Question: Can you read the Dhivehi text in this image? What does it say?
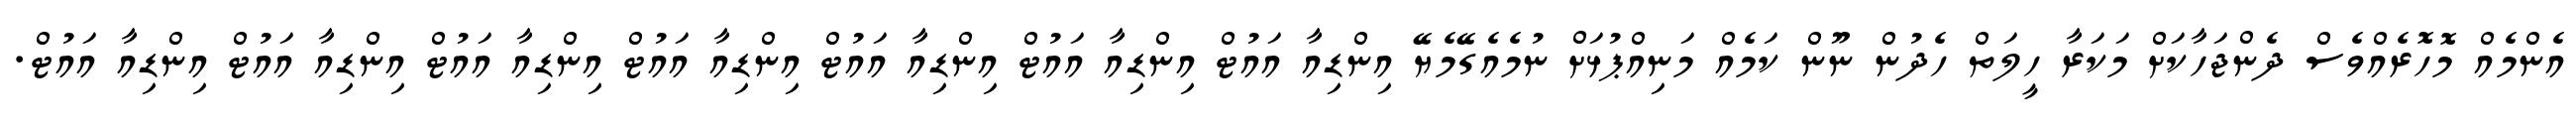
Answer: އެންމެއް މޮހޮރެއްވެސް ދެންޖަހާކަށް މަކަރާ ހީލަތް ހެދުން ނޫން ކަމެއް މަނިއްޕުޅަށް ނުމެއެގޭމެޔޭ އިންޑިއާ އައުޓް އިންޑިއާ އައުޓް އިންޑިއާ އައުޓް އިންޑިއާ އައުޓް އިންޑިއާ އައުޓް އިންޑިއާ އައުޓް އިންޑިއާ އައުޓް.